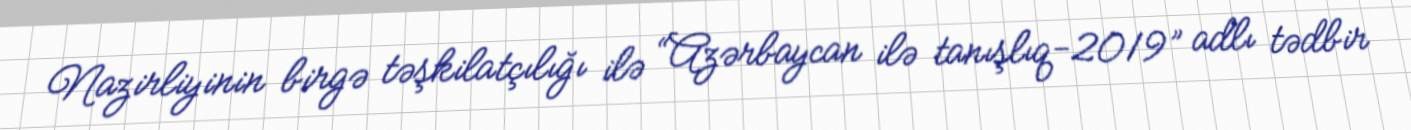
Nazirliyinin birgə təşkilatçılığı ilə “Azərbaycan ilə tanışlıq-2019” adlı tədbir